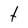
Character: t